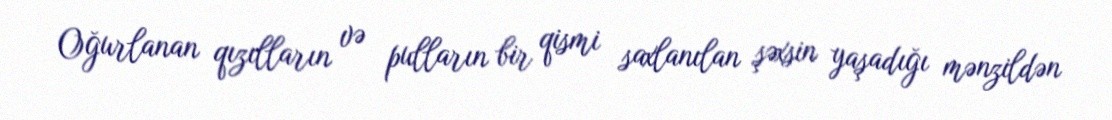
Oğurlanan qızılların və pulların bir qismi saxlanılan şəxsin yaşadığı mənzildən